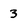
Character: 3